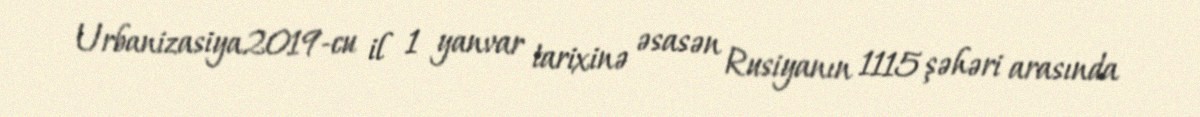
Urbanizasiya2019-cu il 1 yanvar tarixinə əsasən Rusiyanın 1115 şəhəri arasında